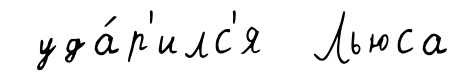
уда́р'илс'я Льюса